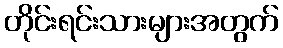
တိုင်းရင်းသားများအတွက်